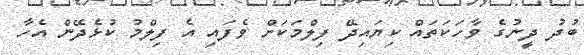
ބުދު ދީނުގެ ވާހަކަތައް ކިޔައިދޭ ފިލްމަކަށް ވެފައި އެ ފިލްމު ކުޅެދޭން އެހާ